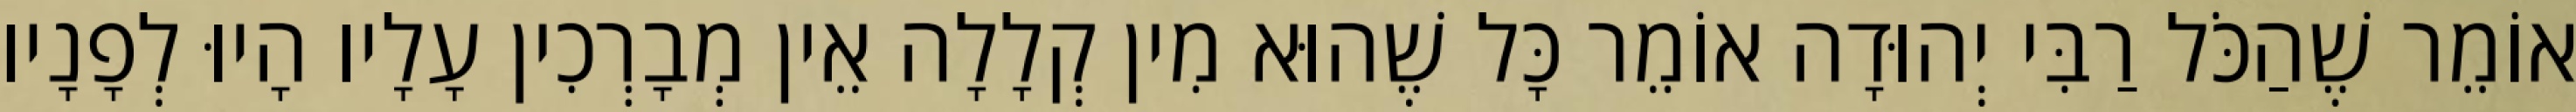
אוֹמֵר שֶׁהַכֹּל רַבִּי יְהוּדָה אוֹמֵר כָּל שֶׁהוּא מִין קְלָלָה אֵין מְבָרְכִין עָלָיו הָיוּ לְפָנָיו